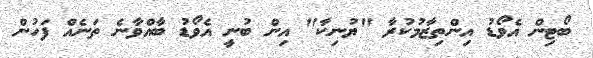
ބޯޓިން އެވޯޑު އިންތިޒާމުކުރާ "ޔުނިކާ" އިން ބުނީ އެވޯޑު ބާއްވާނެ ތަނެއް ފަހުން